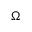
\Omega